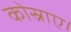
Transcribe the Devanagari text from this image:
कोस्राए।